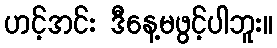
ဟင့်အင်း ဒီနေ့မဖွင့်ပါဘူး။